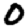
Digit: 0